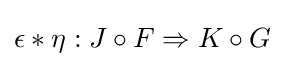
\epsilon *\eta :J\circ F\Rightarrow K\circ G